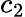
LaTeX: c_{2}